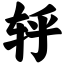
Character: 轷